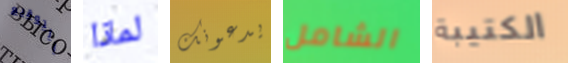
التوقيع لماذا يدعونك الشامل الكتيبة